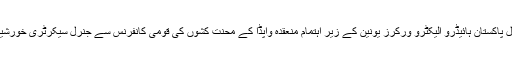
لاہور کی تصاویر، لاہور: آل پاکستان ہائیڈرو الیکٹرو ورکرز یونین کے زیر اہتمام منعقدہ واپڈا کے محنت کشوں کی قومی کانفرنس سے جنرل سیکرٹری خورشید احمد خطاب کر رہے ہیں۔